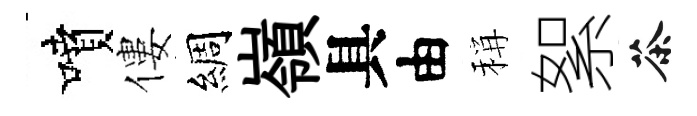
噴僂綢嶺具由稱絮茶